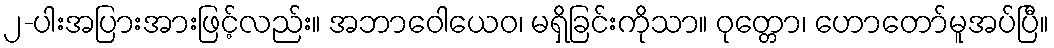
၂-ပါးအပြားအားဖြင့်လည်း။ အဘာဝေါယေဝ၊ မရှိခြင်းကိုသာ။ ဝုတ္တော၊ ဟောတော်မူအပ်ပြီ။